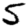
Digit: 5